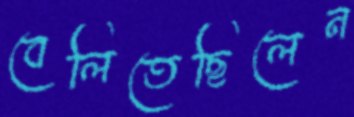
বেলিতেছিলেন